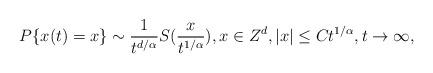
LaTeX: \begin{align*}P\{x(t)=x\}\sim \frac{1}{t^{d/\alpha}}S(\frac{x}{t^{1/\alpha}}), x\in Z^d, |x|\leq Ct^{1/\alpha},t\to\infty,\end{align*}